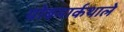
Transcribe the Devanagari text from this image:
ग्रोबमार्कथाले